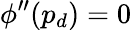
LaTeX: \phi^{\prime\prime}(p_{d})=0